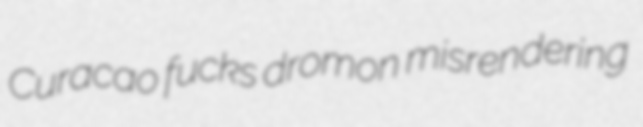
Curacao fucks dromon misrendering